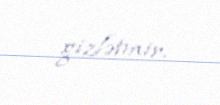
gizlətmir.